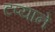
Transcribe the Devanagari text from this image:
टप्याने